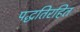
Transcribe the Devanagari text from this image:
पद्धतिरहित